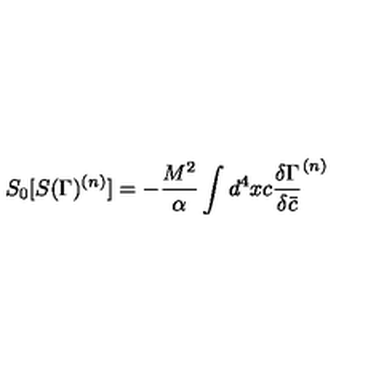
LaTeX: S _ { 0 } [ S ( \Gamma ) ^ { ( n ) } ] = - { \frac { M ^ { 2 } } { \alpha } } \int d ^ { 4 } x c { \frac { \delta { \Gamma } } { \delta \bar { c } } } ^ { ( n ) }